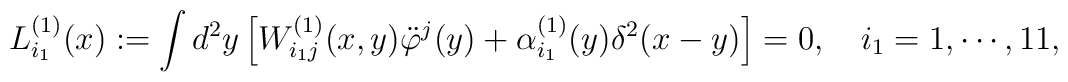
L_{i_1}^{(1)}(x):=\int d^2y \left[W_{i_1j}^{(1)}(x,y)\ddot\varphi^j(y)            +\alpha^{(1)}_{i_1}(y)\delta^2 (x-y)\right]=0, ~~~i_1 = 1, \cdots, 11,